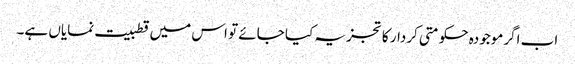
اب اگرموجودہ حکومتی کردار کا تجزیہ کیا جائے تو اس میں قطبیت نمایاں ہے۔